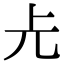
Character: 𠑷